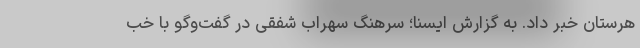
هرستان خبر داد. به گزارش ایسنا؛ سرهنگ سهراب شفقی در گفت‌وگو با خب